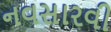
નવસારવી